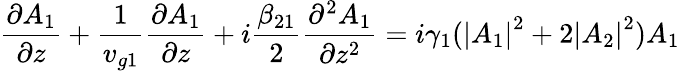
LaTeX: \frac{\partial A_{1}}{\partial z}+\frac{1}{v_{g1}}\frac{\partial A_{1}}{\partial z}+i\frac{\beta_{21}}{2}\frac{\partial^{2}A_{1}}{\partial z^{2}}=i\gamma_{1}(\left|A_{1}\right|^{2}+2\left|A_{2}\right|^{2})A_{1}